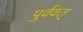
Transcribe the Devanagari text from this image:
पुर्ववत्